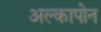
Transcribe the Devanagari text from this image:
अल्कापोन